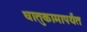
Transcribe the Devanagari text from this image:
धातुकामापर्यंत